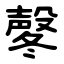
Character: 㲇